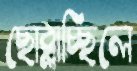
ছোব্‌লাচ্ছিলে